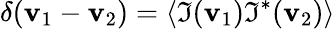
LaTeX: \delta({\mathbf{v}}_{1}-{\mathbf{v}}_{2})=\langle\Im({\mathbf{v}}_{1}){{\Im}^{*}}({\mathbf{v}}_{2})\rangle